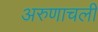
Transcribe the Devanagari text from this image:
अरुणाचली